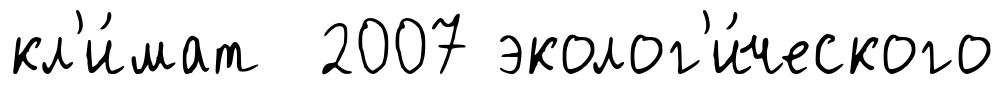
кл'и́мат 2007 эколог'и́ческого